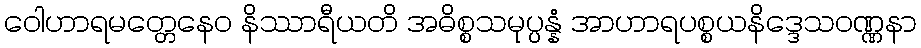
ဝေါဟာရမတ္တေနေဝ နိဿာရီယတိ အဓိစ္စသမုပ္ပန္နံ အာဟာရပစ္စယနိဒ္ဒေသဝဏ္ဏနာ